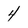
Character: 4